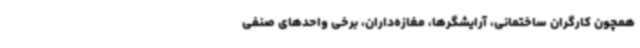
همچون کارگران ساختمانی، آرایشگرها، مغازه‌داران، برخی واحدهای صنفی